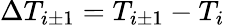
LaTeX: \Delta T_{i\pm 1}=T_{i\pm 1}-T_{i}